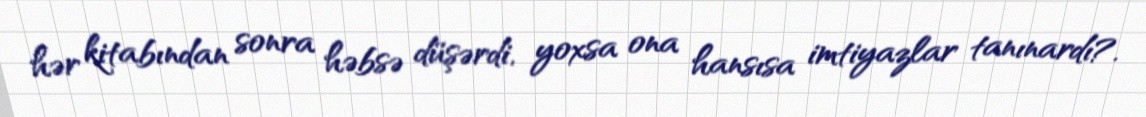
hər kitabından sonra həbsə düşərdi, yoxsa ona hansısa imtiyazlar tanınardı?.